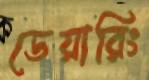
ডেয়ারিং